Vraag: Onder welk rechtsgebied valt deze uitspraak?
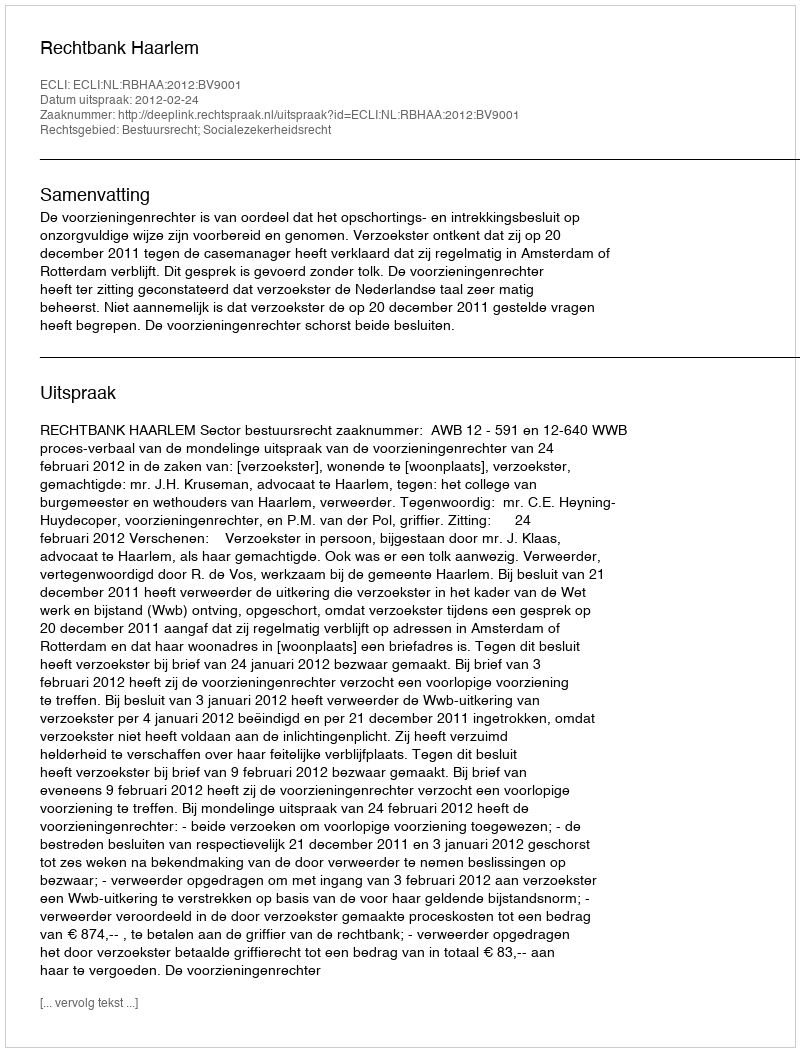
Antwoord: Bestuursrecht; Socialezekerheidsrecht